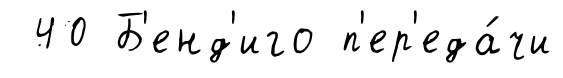
40 Б'енд'иго п'ер'еда́чи